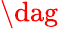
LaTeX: \mathrm{\dag}